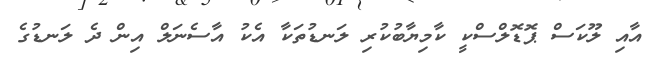
އާއި ލޫކަސް ޕޮޑޮލްސްކީ ކާމިޔާބުކުރި ލަނޑުތަކާ އެކު އާސެނަލް އިން ދެ ލަނޑުގެ